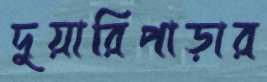
দুয়ারিপাড়ার